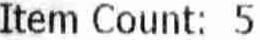
ITEM COUNT: 5